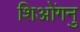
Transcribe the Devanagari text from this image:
शिओंगनु